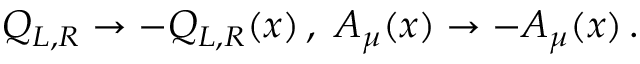
Q _ { L , R } \to - Q _ { L , R } ( x ) \, , \ A _ { \mu } ( x ) \to - A _ { \mu } ( x ) \, .